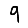
Digit: 9